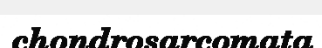
chondrosarcomata